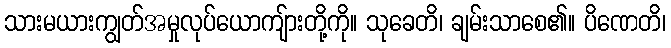
သားမယားကျွတ်အမှုလုပ်ယောကျ်ားတို့ကို။ သုခေတိ၊ ချမ်းသာစေ၏။ ပိဏေတိ၊